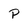
Character: P